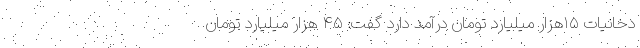
دخانیات ۱۵هزار میلیارد تومان درآمد دارد گفت: ۴۵ هزار میلیارد تومان